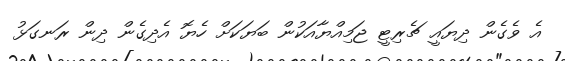
އެ ވެގެން ދިޔައީ ޗެރިޓީ ޖަމިއްޔާއަކުން ބަޔަކަށް ހެޔޮ އެދިގެން ދިން ރަނގަޅު